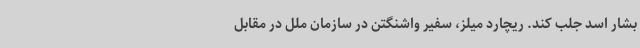
بشار اسد جلب کند. ریچارد میلز، سفیر واشنگتن در سازمان ملل در مقابل